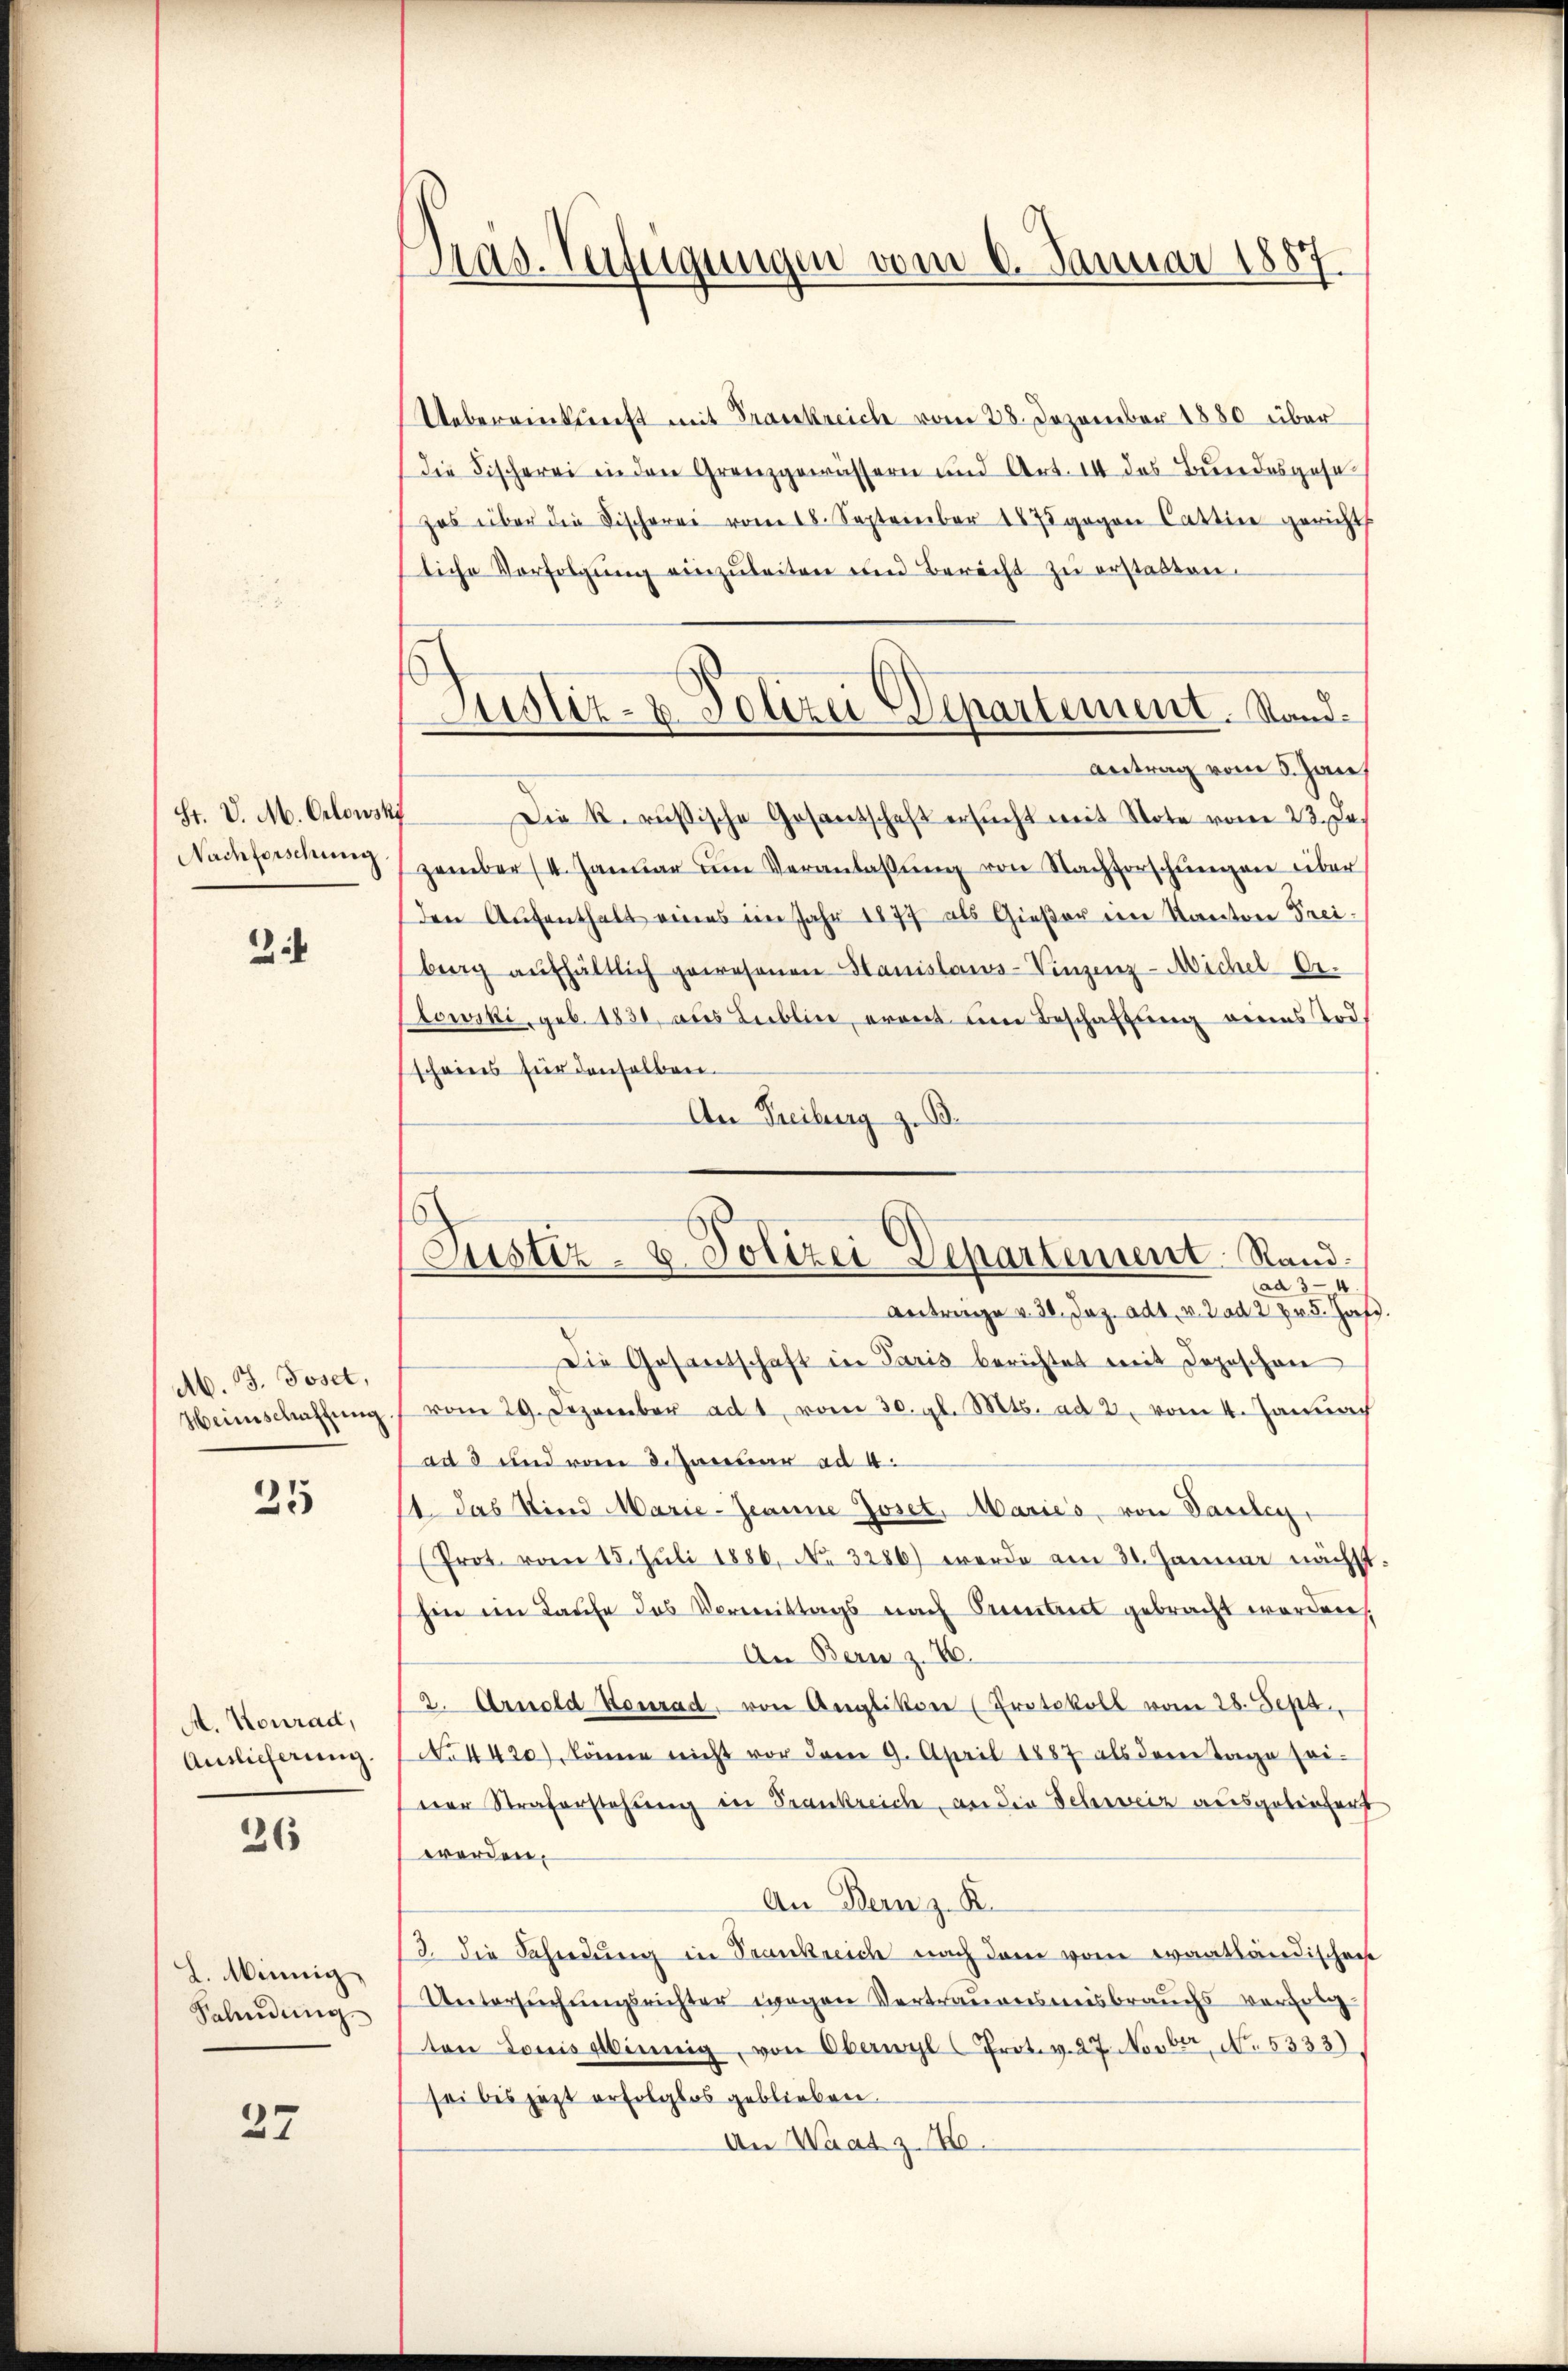
St. V. M. Glowski
Nachforschung

2

Ab. J. Joset,
Heimschaffung

25

A. Konrad,
Auslieferung

26

2. Minnig
Salindung

27

Pras. Verfügungen vom 6. Januar 1857.

Justiz- & Polizei Departement. Stand.

Justiz- u. Polizei Departement Stand.
ad 3-4

Uebereinkunft mit Frankreich vom 28. Dezember 1880 über
Die Fischerei in den Grenzgewässern und Art. II des Bundesgese
zes über die Fischerei vom 18. September 1875 gegen Cattine gericht
liche Vorfolgŭng einzŭleiten und Berecht zŭ erstatten.
Antrag vom 5. Jan
Die k. russische Gesantschaft ersŭcht mit Note vom 23. Ja.
zember (I. Janŭar ŭm Veranlaβŭng von Nachforschŭngen über
den Aŭfenthalt eines im Jahr 1877 als Gießer ein Kanton Frei-
berg aufhältlich gewesenen Hanislaus-Vinzenz-Michel Or-
Dtowski, geb. 1831, aus Lublin, ermit im Beschaftung vers Tod.
scheines für denselben.
An Freiburg z. B.
Antrage v. 30. Jaz. ad1. v. ad 2 pr 5. Jah
Die Gesantschaft in Paris berichtet mit Depeschen
vom 29. Dezember ad 1, vom 30. gl. Mts. ad 2. vom 4. Januach
ad 3 und vom 3. Januar ad 4.
11. Das Sind Marie-Jeanne Joset. Maries, von Vanleg
(Prot. vom 15. Juli 1886. No 3286) werde am 31. Januar nächst
hin im Laufe des Vermittags nach Cretiert gebracht worden.
An Bern z. 76.
2. Arnold Konrad von Anglikon (Protokoll vom 28. Sept,
No 4420), könne nicht vor dem 9. April 1887 als dem Tage soi
erer Straferstehung in Frankreich, an die Schweiz ausgeleichert
werden,
An Bern z. B.
3. die Sahndŭng in Trankreich nach dem vom evantländischen
Untersuchungsrichter wegen Vertrauensmisbrauchs verfolg
ton Louis sinnig, von Oberwyl Prot. v. 27. Novber, No. 5333).
sei bis jezt erfolglos geblieben.
An Waatz. 20.